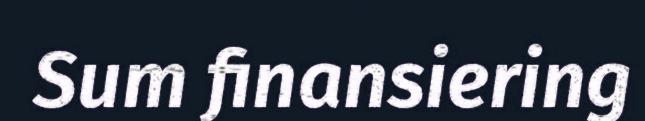
Sum finansiering